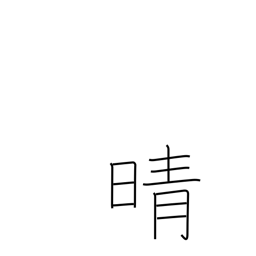
Meaning: clear up